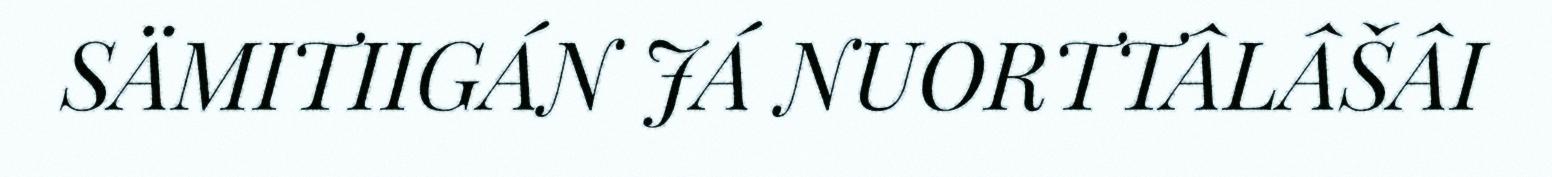
SÄMITIIGÁN JÁ NUORTTÂLÂŠÂI